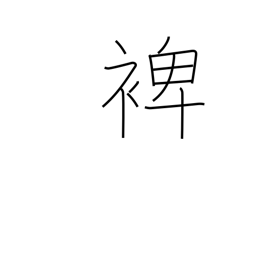
Meaning: help